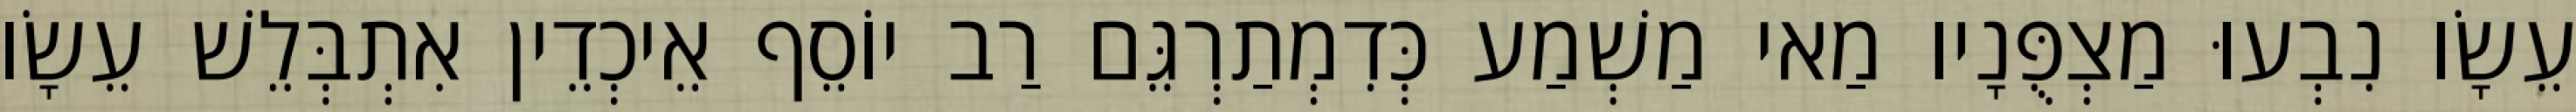
עֵשָׂו נִבְעוּ מַצְפֻּנָיו מַאי מַשְׁמַע כְּדִמְתַרְגֵּם רַב יוֹסֵף אֵיכְדֵין אִתְבְּלֵשׁ עֵשָׂו